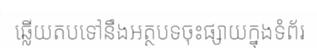
ឆ្លើយតបទៅនឹងអត្ថបទចុះផ្សាយក្នុងទំព័រ